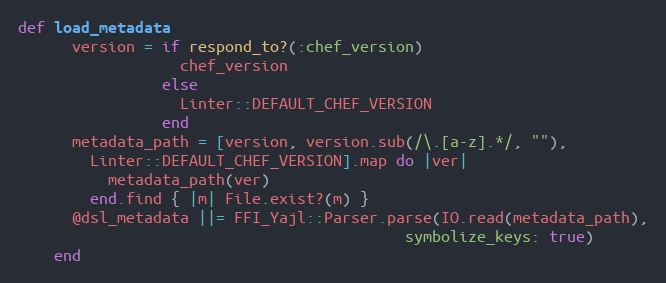
Language: Ruby
def load_metadata
      version = if respond_to?(:chef_version)
                  chef_version
                else
                  Linter::DEFAULT_CHEF_VERSION
                end
      metadata_path = [version, version.sub(/\.[a-z].*/, ""),
        Linter::DEFAULT_CHEF_VERSION].map do |ver|
          metadata_path(ver)
        end.find { |m| File.exist?(m) }
      @dsl_metadata ||= FFI_Yajl::Parser.parse(IO.read(metadata_path),
                                           symbolize_keys: true)
    end